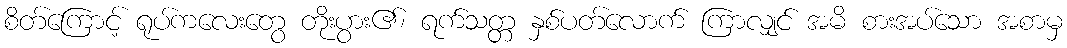
စိတ်ကြောင့် ရုပ်ကလေးတွေ တိုးပွား၏၊ ရက်သတ္တ နှစ်ပတ်လောက် ကြာလျှင် အမိ စားအပ်သော အစာမှ